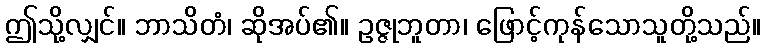
ဤသို့လျှင်။ ဘာသိတံ၊ ဆိုအပ်၏။ ဥဇ္ဇုဘူတာ၊ ဖြောင့်ကုန်သောသူတို့သည်။